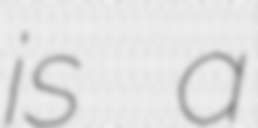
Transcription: is a